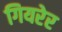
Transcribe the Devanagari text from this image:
गियरेर